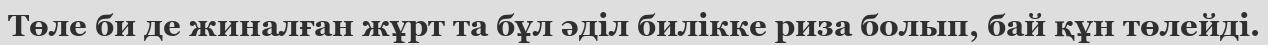
Төле би де жиналған жұрт та бұл әділ билікке риза болып, бай құн төлейді.